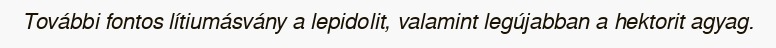
További fontos lítiumásvány a lepidolit, valamint legújabban a hektorit agyag.